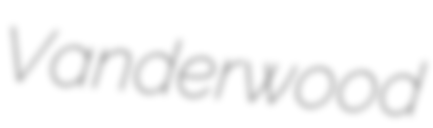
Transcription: Vanderwood